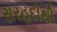
સરહદોથી